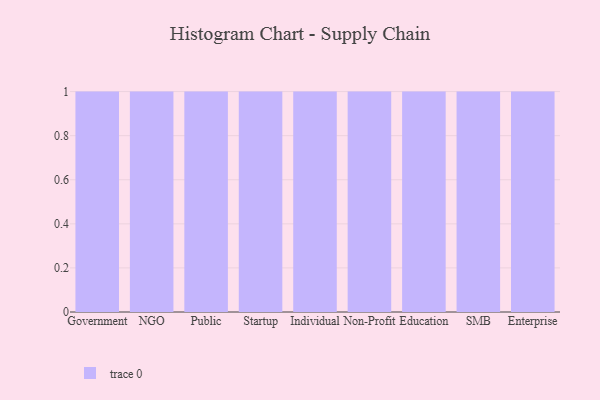
{"axis": {"x": "Segment", "y": "Customer Acquisition Cost (USD)"}, "legend": [""], "data": [{"x": "Government", "y": 74, "type": ""}, {"x": "NGO", "y": 4, "type": ""}, {"x": "Public", "y": 68, "type": ""}, {"x": "Startup", "y": 57, "type": ""}, {"x": "Individual", "y": 57, "type": ""}, {"x": "Non-Profit", "y": 61, "type": ""}, {"x": "Education", "y": 28, "type": ""}, {"x": "SMB", "y": 4, "type": ""}, {"x": "Enterprise", "y": 31, "type": ""}]}